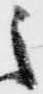
之